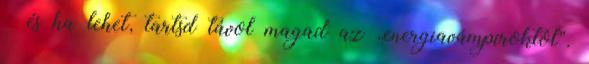
– és ha lehet, tartsd távol magad az „energiavámpíroktól”.